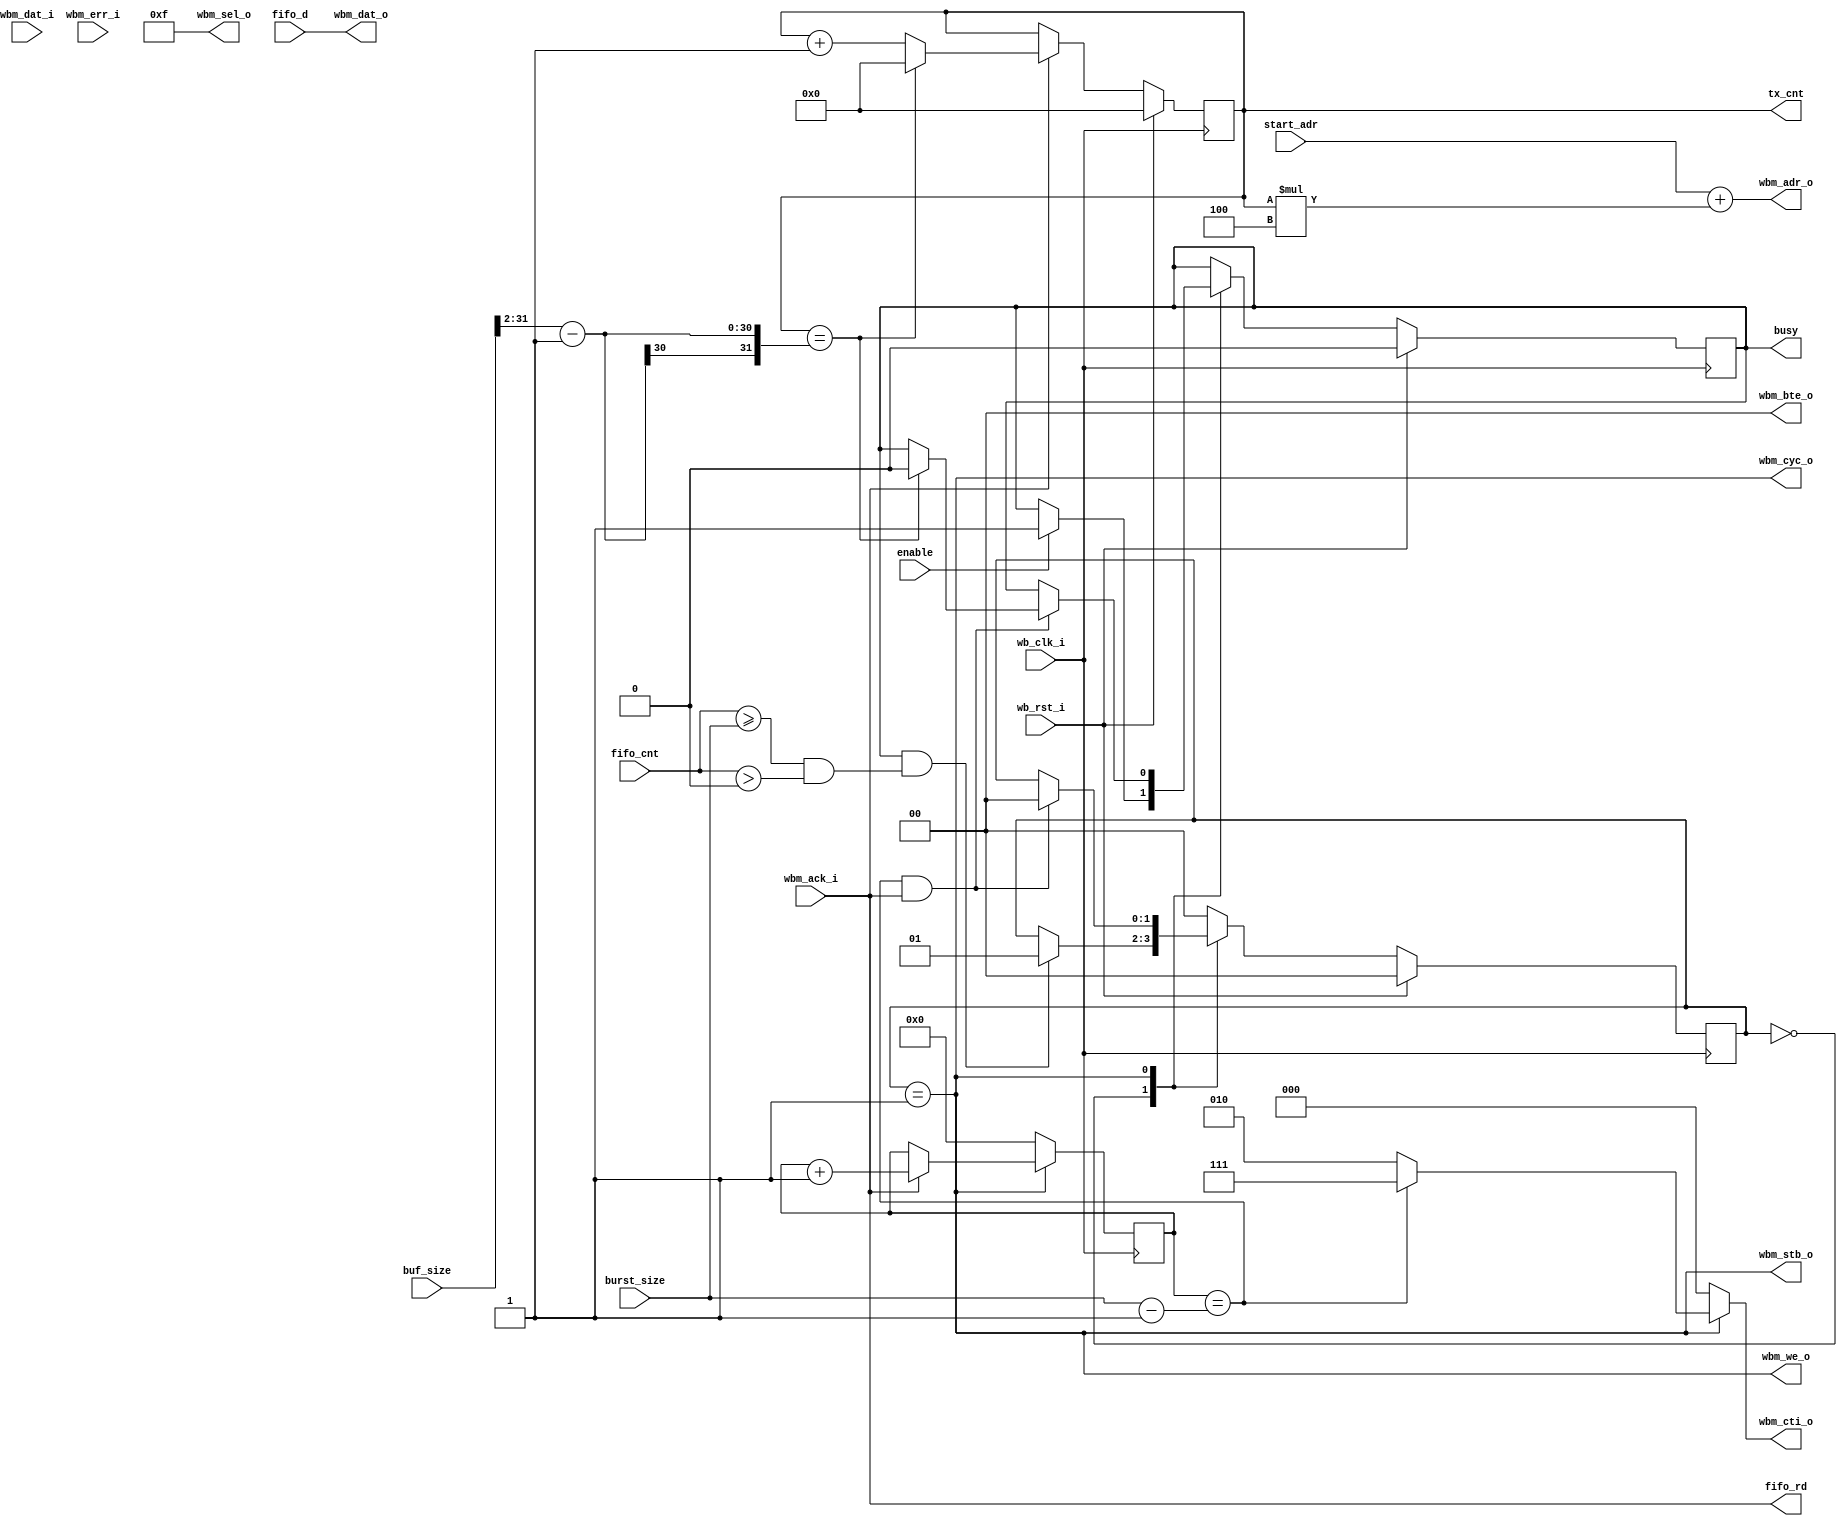
module wb_stream_reader_ctrl
  #(parameter WB_AW = 32,
    parameter WB_DW = 32,
    parameter FIFO_AW = 0,
    parameter MAX_BURST_LEN = 0)
  (//Stream data output
   input 		  wb_clk_i,
   input 		  wb_rst_i,
   output [WB_AW-1:0] 	  wbm_adr_o,
   output [WB_DW-1:0] 	  wbm_dat_o,
   output [WB_DW/8-1:0]   wbm_sel_o,
   output 		  wbm_we_o ,
   output 		  wbm_cyc_o,
   output 		  wbm_stb_o,
   output reg [2:0] 	  wbm_cti_o,
   output [1:0] 	  wbm_bte_o,
   input [WB_DW-1:0] 	  wbm_dat_i,
   input 		  wbm_ack_i,
   input 		  wbm_err_i,
   //FIFO interface
   input [WB_DW-1:0] 	  fifo_d,
   output 		  fifo_rd,
   input [FIFO_AW:0] 	  fifo_cnt,
   //Configuration interface
   output reg 		  busy,
   input 		  enable,
   output reg [WB_DW-1:0] tx_cnt,
   input [WB_AW-1:0] 	  start_adr,
   input [WB_AW-1:0] 	  buf_size,
   input [WB_AW-1:0] 	  burst_size);

   wire			    active;

   wire 		    timeout = 1'b0;
   reg 			    last_adr;
   reg [$clog2(MAX_BURST_LEN-1):0] burst_cnt;

   //FSM states
   localparam S_IDLE   = 0;
   localparam S_ACTIVE = 1;
   
   reg [1:0] 			      state;

   wire 			      burst_end = (burst_cnt == burst_size-1);
   wire fifo_ready = (fifo_cnt >= burst_size) & (fifo_cnt > 0);

   always @(active or burst_end) begin
      wbm_cti_o = !active     ? 3'b000 :
		  burst_end   ? 3'b111 :
		  3'b010; //LINEAR_BURST;
   end

   assign active = (state == S_ACTIVE);
   assign fifo_rd = wbm_ack_i;

   assign wbm_sel_o = 4'hf;
   assign wbm_we_o = active;
   assign wbm_cyc_o = active;
   assign wbm_stb_o = active;
   assign wbm_bte_o = 2'b00;
   assign wbm_dat_o = fifo_d;
   assign wbm_adr_o = start_adr + tx_cnt*4;

   always @(posedge wb_clk_i) begin
      //Address generation
      last_adr = (tx_cnt == buf_size[WB_AW-1:2]-1);
      if (wbm_ack_i)
	 if (last_adr)
	   tx_cnt <= 0;
	 else
	   tx_cnt <= tx_cnt+1;

      //Burst counter
      if(!active)
	burst_cnt <= 0;
      else
	if(wbm_ack_i)
	  burst_cnt <= burst_cnt + 1;
      
      //FSM
      case (state)
	S_IDLE : begin
	   if (busy & fifo_ready)
	     state <= S_ACTIVE;
	   if (enable)
	     busy <= 1'b1;
	end
	S_ACTIVE : begin
	   if (burst_end & wbm_ack_i) begin
	      state <= S_IDLE;
	      if (last_adr)
		busy <= 1'b0;
	   end
	end
	default : begin
	   state <= S_IDLE;
	end
      endcase // case (state)
      
      if(wb_rst_i) begin
	 state <= S_IDLE;
	 tx_cnt <= 0;
	 busy <= 1'b0;
      end
   end
   
endmodule